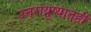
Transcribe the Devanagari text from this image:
उत्तरायुष्यातही